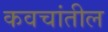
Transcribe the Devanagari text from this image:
कवचांतील